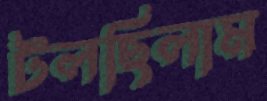
টলছিলাম